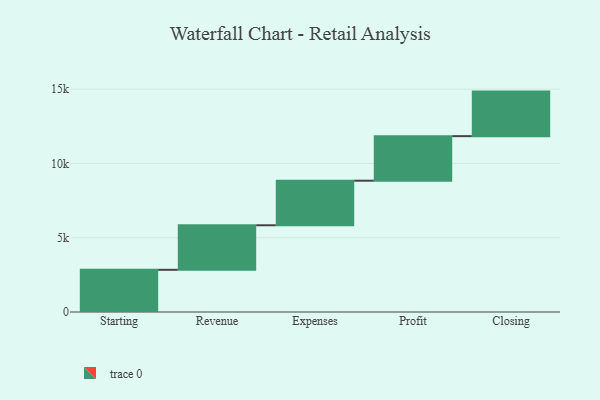
{"axis": {"x": "Step", "y": "Value"}, "legend": [""], "data": [{"x": "Starting", "y": 2841.0, "type": ""}, {"x": "Revenue", "y": 3000, "type": ""}, {"x": "Expenses", "y": 3000, "type": ""}, {"x": "Profit", "y": 3000, "type": ""}, {"x": "Closing", "y": 3000, "type": ""}]}